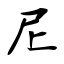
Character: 尼